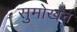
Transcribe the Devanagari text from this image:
सुमोखन